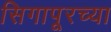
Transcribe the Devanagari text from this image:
सिगापूरच्या